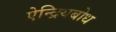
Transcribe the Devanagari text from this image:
ऐन्द्रियबोध